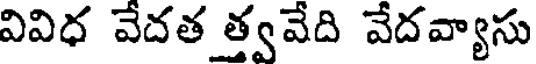
వివిధ వేదత త్వవేది వేదవ్యాసు